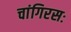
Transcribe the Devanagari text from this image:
चांगिरसः